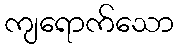
ကျရောက်သော